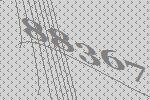
88367